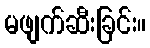
မဖျက်ဆီးခြင်း။